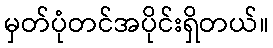
မှတ်ပုံတင်အပိုင်းရှိတယ်။